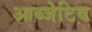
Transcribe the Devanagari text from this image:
आब्जेटिव